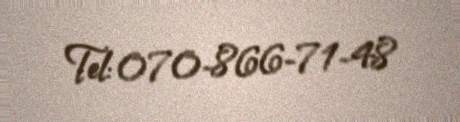
Tel: 070-866-71-48